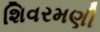
શિવરમણી